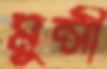
মুন্সী